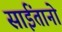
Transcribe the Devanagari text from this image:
साईंतानो